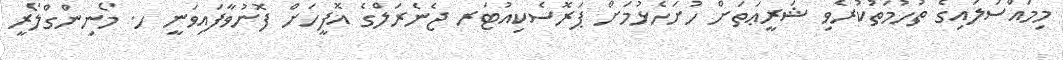
މިމައްސަލައިގެ ތުހުމަތުކުރެވި ޝަރީޢަތަށް ހުށަހެޅުމަށް ޕަރޮސެކިއުޓަރ ޖެނެރަލްގެ އޮފީހަށް ފޮނުވާފައިވަނީ ހ. މޯނިންގްލޯރީ